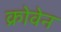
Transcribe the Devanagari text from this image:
क्रोवेन